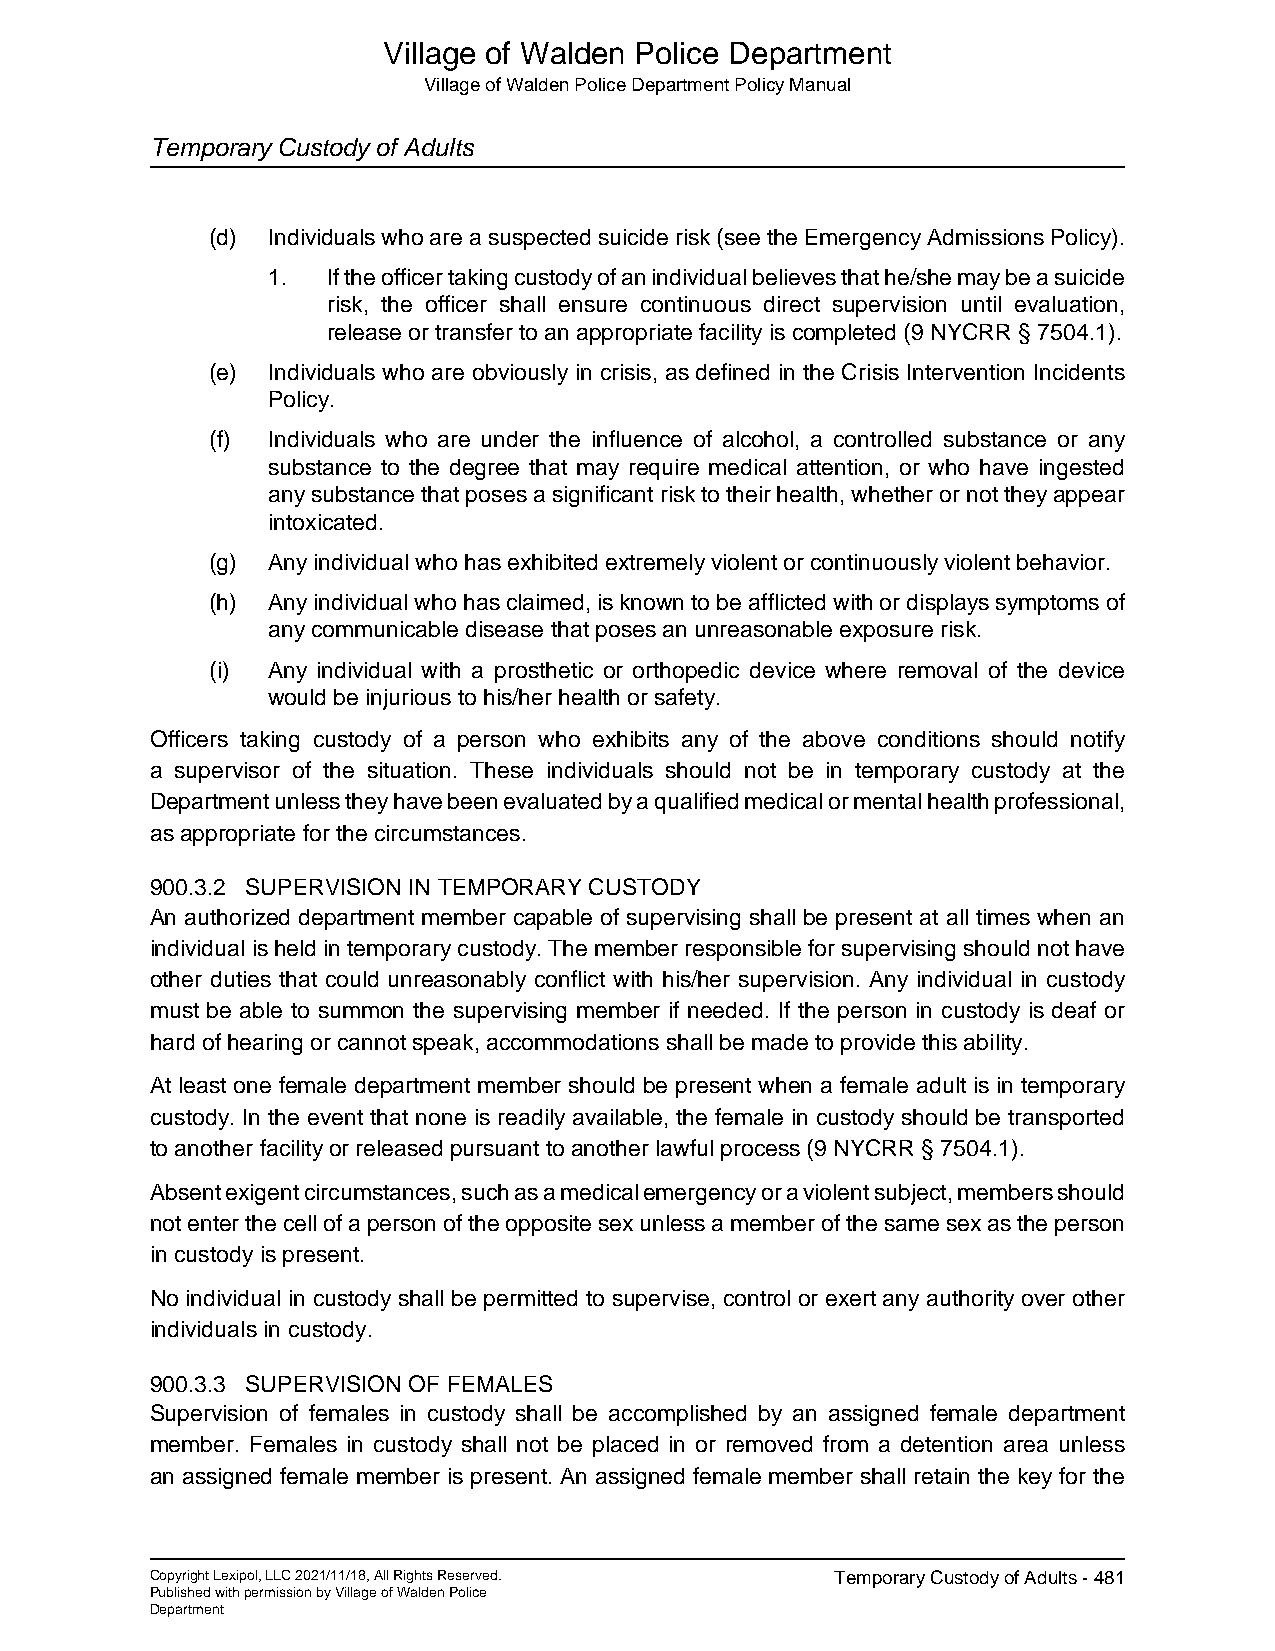
Village of Walden Police Department
 Village of Walden Police Department Policy Manual
 Temporary Custody of Adults
 (d) Individuals who are a suspected suicide risk (see the Emergency Admissions Policy).
 1.  If the officer taking custody of an individual believes that he/she may be a suicide
 risk, the officer shall ensure continuous direct supervision until evaluation,
 release or transfer to an appropriate facility is completed (9 NYCRR § 7504.1).
 (e) Individuals who are obviously in crisis, as defined in the Crisis Intervention Incidents
 Policy.
 (f) Individuals who are under the influence of alcohol, a controlled substance or any
 substance to the degree that may require medical attention, or who have ingested
 any substance that poses a significant risk to their health, whether or not they appear
 intoxicated.
 (g) Any individual who has exhibited extremely violent or continuously violent behavior.
 (h) Any individual who has claimed, is known to be afflicted with or displays symptoms of
 any communicable disease that poses an unreasonable exposure risk.
 (i) Any individual with a prosthetic or orthopedic device where removal of the device
 would be injurious to his/her health or safety.
 Officers taking custody of a person who exhibits any of the above conditions should notify
 a supervisor of the situation. These individuals should not be in temporary custody at the
 Department unless they have been evaluated by a qualified medical or mental health professional,
 as appropriate for the circumstances.
 900.3.2 SUPERVISION IN TEMPORARY CUSTODY
 An authorized department member capable of supervising shall be present at all times when an
 individual is held in temporary custody. The member responsible for supervising should not have
 other duties that could unreasonably conflict with his/her supervision. Any individual in custody
 must be able to summon the supervising member if needed. If the person in custody is deaf or
 hard of hearing or cannot speak, accommodations shall be made to provide this ability.
 At least one female department member should be present when a female adult is in temporary
 custody. In the event that none is readily available, the female in custody should be transported
 to another facility or released pursuant to another lawful process (9 NYCRR § 7504.1).
 Absent exigent circumstances, such as a medical emergency or a violent subject, members should
 not enter the cell of a person of the opposite sex unless a member of the same sex as the person
 in custody is present.
 No individual in custody shall be permitted to supervise, control or exert any authority over other
 individuals in custody.
 900.3.3 SUPERVISION OF FEMALES
 Supervision of females in custody shall be accomplished by an assigned female department
 member. Females in custody shall not be placed in or removed from a detention area unless
 an assigned female member is present. An assigned female member shall retain the key for the
 Copyright Lexipol, LLC 2021/11/18, All Rights Reserved. Temporary Custody of Adults - 481
 Published with permission by Village of Walden Police
 Department